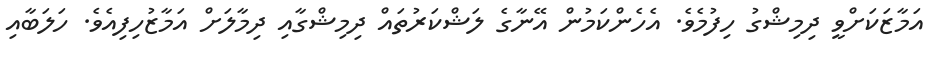
އަމާޒަކަށްވީ ދިމިޝްގު ހިފުމެވެ. އެެހެންކަމުން އޭނާގެ ލަޝްކަރުތައް ދިމިޝްގާއި ދިމާލަށް އަމާޒުހިފިއެވެ. ހަލަބާއި